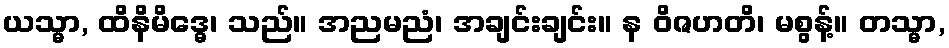
ယသ္မာ, ထိနိမိဒ္ဓေ၊ သည်။ အညမညံ၊ အချင်းချင်း။ န ဝိဇဟတိ၊ မစွန့်။ တသ္မာ,